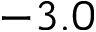
- 3 . 0